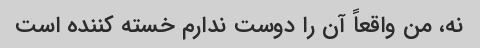
نه، من واقعاً آن را دوست ندارم خسته کننده است